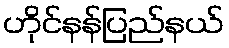
ဟိုင်နန်ပြည်နယ်